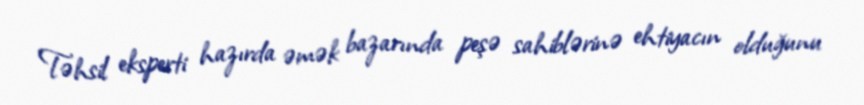
Təhsil eksperti hazırda əmək bazarında peşə sahiblərinə ehtiyacın olduğunu